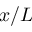
x / L